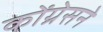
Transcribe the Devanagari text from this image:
कोंग्रेसने